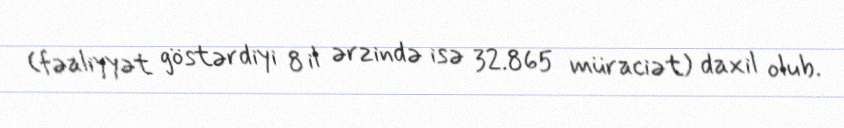
(fəaliyyət göstərdiyi 8 il ərzində isə 32.865 müraciət) daxil olub.